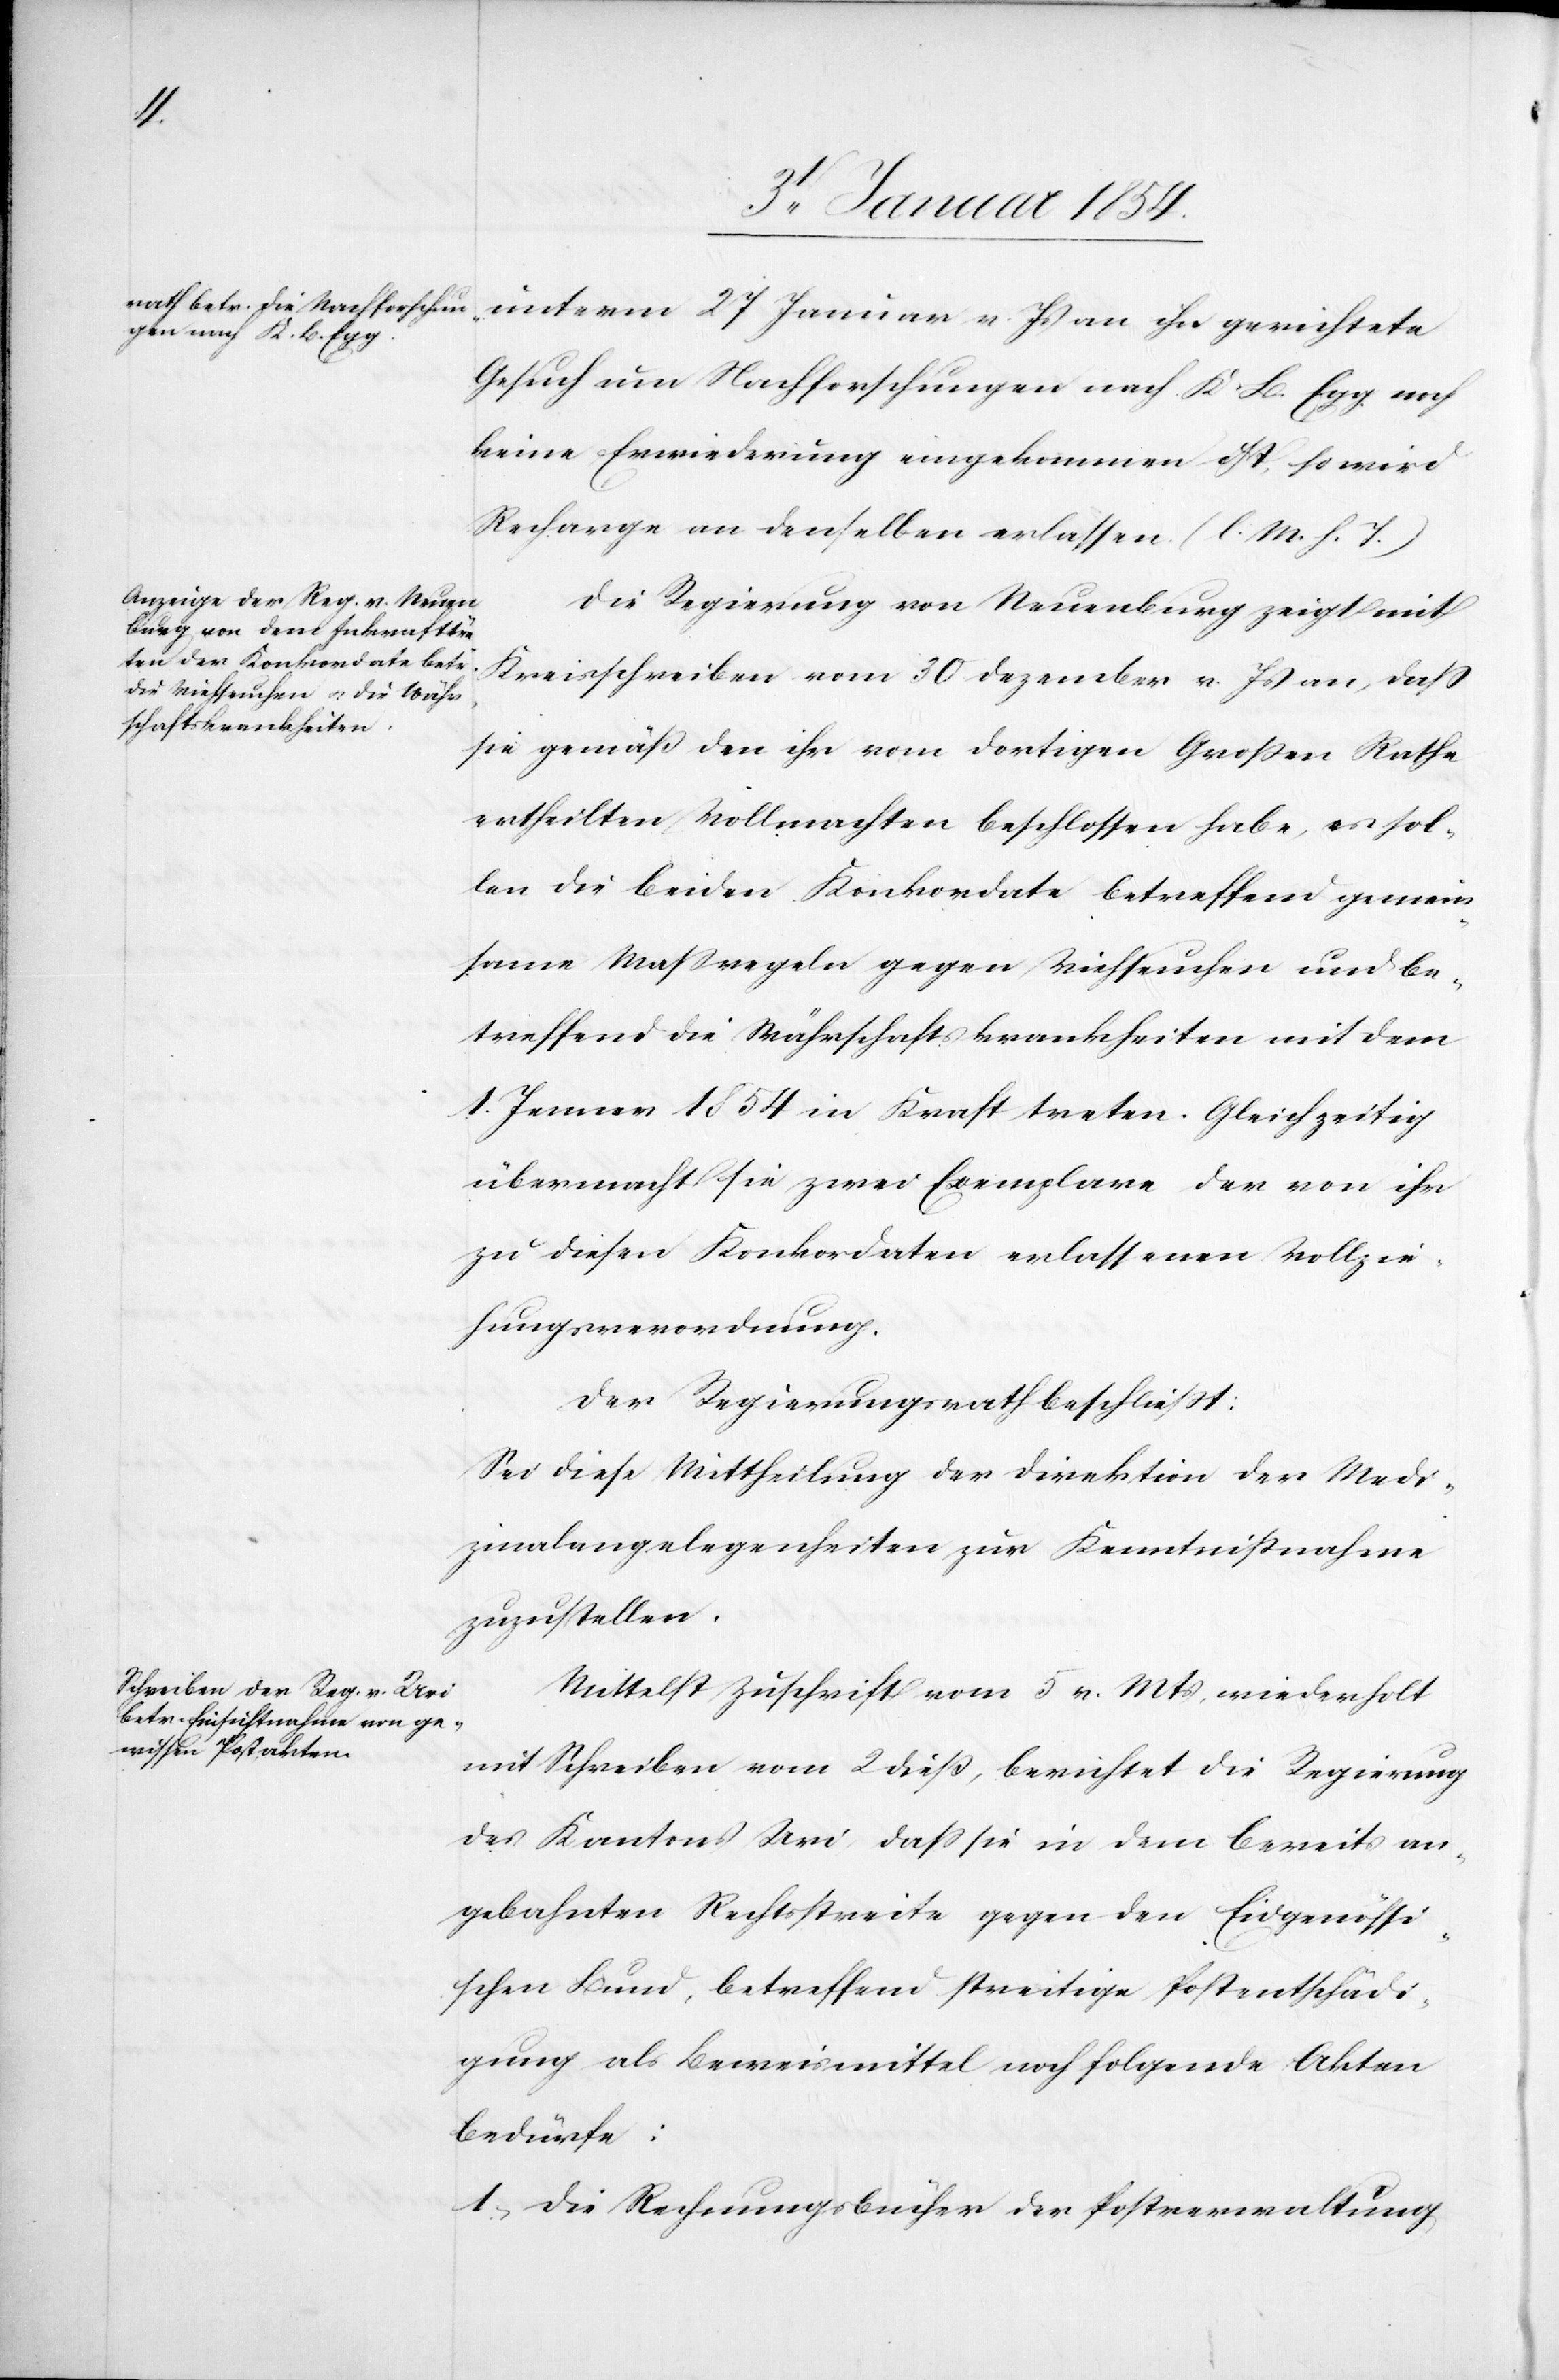
unterm 27 Januar v. Js an ihn gerichtete
Gesuch um Nachforschungen nach K. B. Egg noch
keine Erwiederung eingekommen ist, so wird
Recharge an denselben erlassen. (l. M. h. T.)
Die Regierung von Neuenburg zeigt mit
Kreisschreiben vom 30 Dezember v. Js an, daß
sie gemäß den ihr vom dortigen Großen Rathe
ertheilten Vollmachten beschlossen habe, es sol¬
len die beiden Konkordate betreffend gemein¬
same Maßregeln gegen Viehseuchen und be¬
treffend die Währschaftskrankheiten mit dem
1. Jenner 1854 in Kraft treten. Gleichzeitig
übermacht sie zwei Exemplare der von ihr
zu diesen Konkordaten erlassenen Vollzie¬
hungsverordnung.
Der Regierungsrath beschließt:
Sei diese Mittheilung der Direktion der Medi¬
zinalangelegenheiten zur Kenntnißnahme
zuzustellen.
Mittelst Zuschrift vom 5. v. Mts, wiederholt
mit Schreiben vom 2 dieß, berichtet die Regierung
des Kantons Uri, daß sie in dem bereits an¬
gebahnten Rechtsstreite gegen den Eidgenössi¬
schen Bund, betreffend streitige Postentschädi¬
gung als Beweismittel noch folgende Akten
bedürfe:
1. Die Rechnungsbücher der Postverwaltung